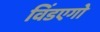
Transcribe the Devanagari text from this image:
विंडएगो